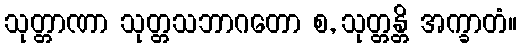
သုတ္တာဏာ သုတ္တသဘာဂတော စ, သုတ္တန္တိ အက္ခာတံ။